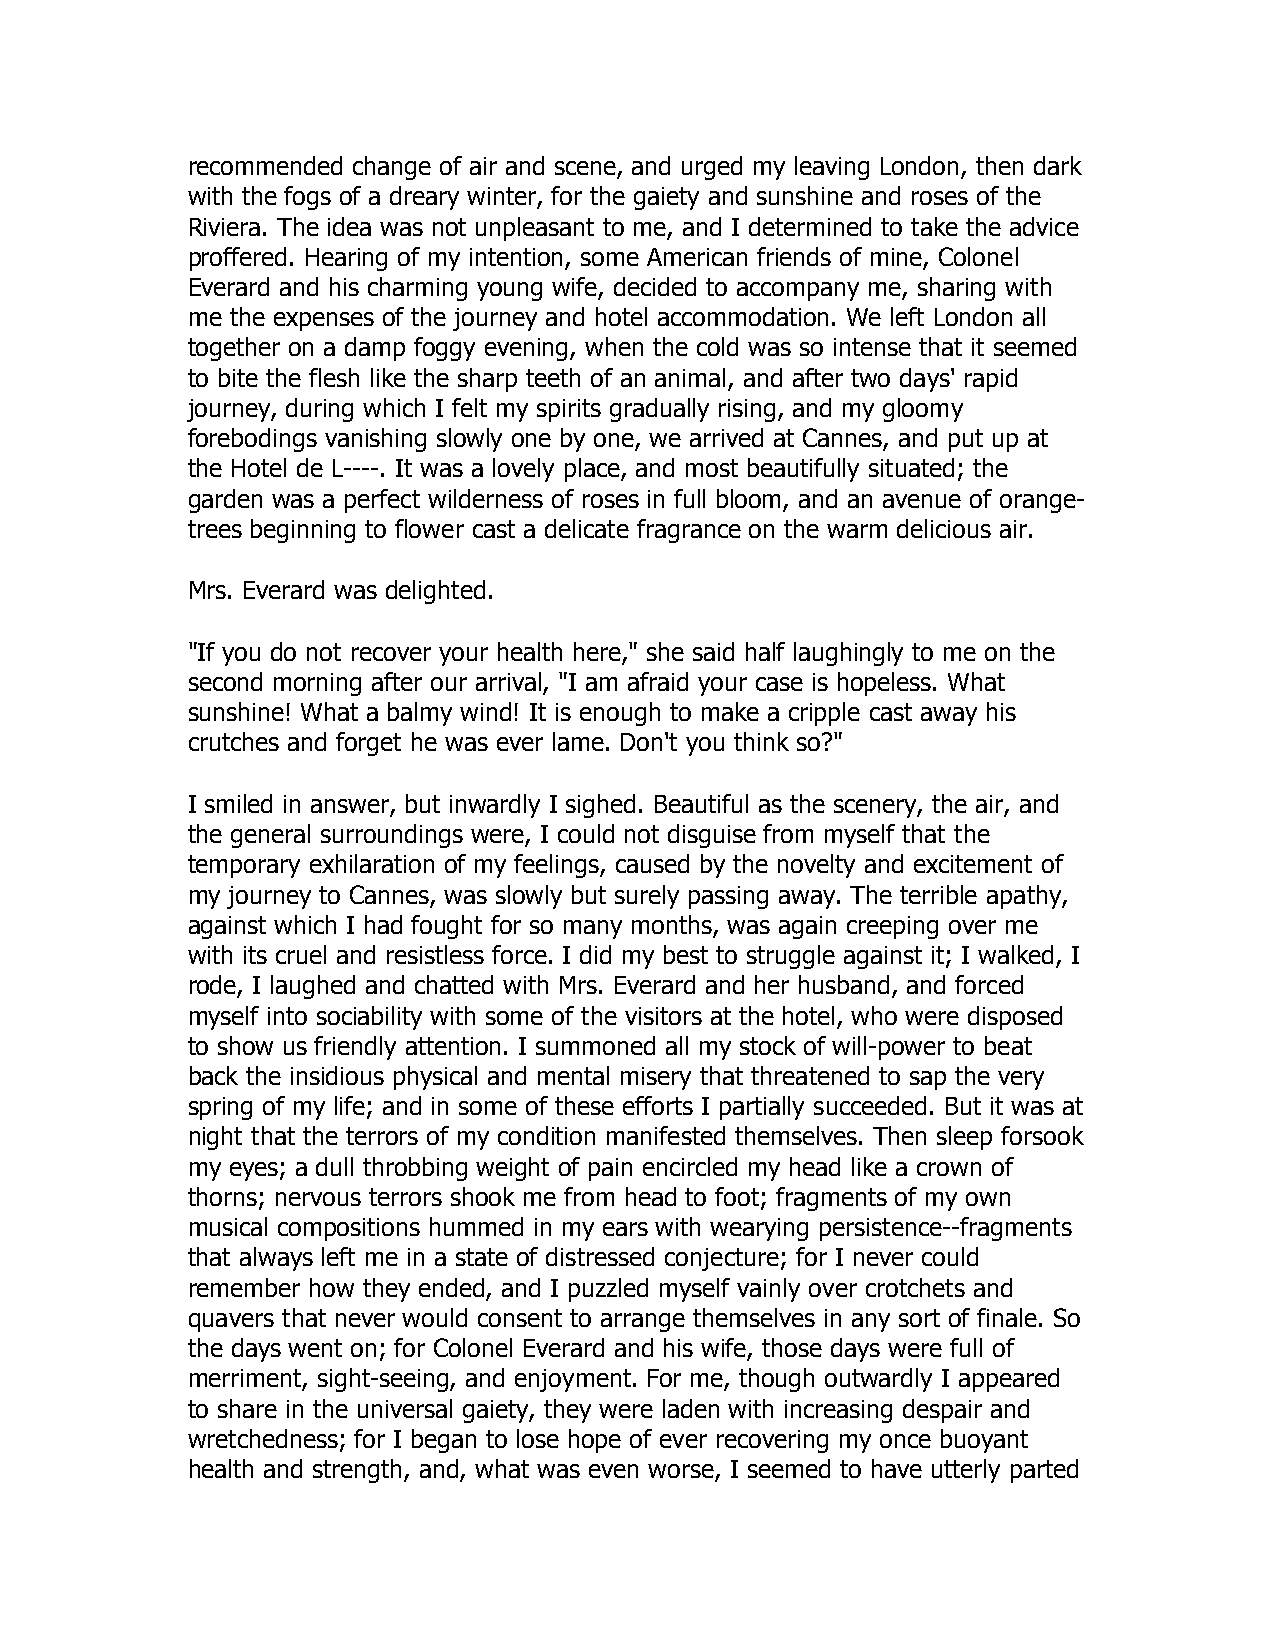
recommended change of air and scene, and urged my leaving London, then dark
 with the fogs of a dreary winter, for the gaiety and sunshine and roses of the
 Riviera. The idea was not unpleasant to me, and I determined to take the advice
 proffered. Hearing of my intention, some American friends of mine, Colonel
 Everard and his charming young wife, decided to accompany me, sharing with
 me the expenses of the journey and hotel accommodation. We left London all
 together on a damp foggy evening, when the cold was so intense that it seemed
 to bite the flesh like the sharp teeth of an animal, and after two days' rapid
 journey, during which I felt my spirits gradually rising, and my gloomy
 forebodings vanishing slowly one by one, we arrived at Cannes, and put up at
 the Hotel de L----. It was a lovely place, and most beautifully situated; the
 garden was a perfect wilderness of roses in full bloom, and an avenue of orange-
 trees beginning to flower cast a delicate fragrance on the warm delicious air.
 Mrs. Everard was delighted.
 "If you do not recover your health here," she said half laughingly to me on the
 second morning after our arrival, "I am afraid your case is hopeless. What
 sunshine! What a balmy wind! It is enough to make a cripple cast away his
 crutches and forget he was ever lame. Don't you think so?"
 I smiled in answer, but inwardly I sighed. Beautiful as the scenery, the air, and
 the general surroundings were, I could not disguise from myself that the
 temporary exhilaration of my feelings, caused by the novelty and excitement of
 my journey to Cannes, was slowly but surely passing away. The terrible apathy,
 against which I had fought for so many months, was again creeping over me
 with its cruel and resistless force. I did my best to struggle against it; I walked, I
 rode, I laughed and chatted with Mrs. Everard and her husband, and forced
 myself into sociability with some of the visitors at the hotel, who were disposed
 to show us friendly attention. I summoned all my stock of will-power to beat
 back the insidious physical and mental misery that threatened to sap the very
 spring of my life; and in some of these efforts I partially succeeded. But it was at
 night that the terrors of my condition manifested themselves. Then sleep forsook
 my eyes; a dull throbbing weight of pain encircled my head like a crown of
 thorns; nervous terrors shook me from head to foot; fragments of my own
 musical compositions hummed in my ears with wearying persistence--fragments
 that always left me in a state of distressed conjecture; for I never could
 remember how they ended, and I puzzled myself vainly over crotchets and
 quavers that never would consent to arrange themselves in any sort of finale. So
 the days went on; for Colonel Everard and his wife, those days were full of
 merriment, sight-seeing, and enjoyment. For me, though outwardly I appeared
 to share in the universal gaiety, they were laden with increasing despair and
 wretchedness; for I began to lose hope of ever recovering my once buoyant
 health and strength, and, what was even worse, I seemed to have utterly parted